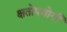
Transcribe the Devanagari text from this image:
क्षतोपयोगी